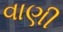
વાણી